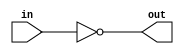
//https://hdlbits.01xz.net/wiki/Notgate

module top_module(
	input in,
	output out
);
	
	assign out = ~in;
	
endmodule